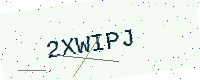
Text: 2XWIPJ